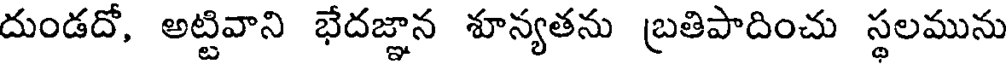
దుండదో, అట్టివాని భేదజ్ఞాన శూన్యతను బ్రతిపాదించు స్థలమును